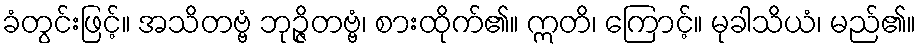
ခံတွင်းဖြင့်။ အသိတဗ္ဗံ ဘုဉ္ဇိတဗ္ဗံ၊ စားထိုက်၏။ ဣတိ၊ ကြောင့်။ မုခါသိယံ၊ မည်၏။